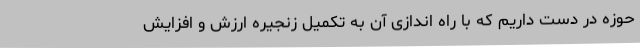
حوزه در دست داریم که با راه اندازی آن به تکمیل زنجیره ارزش و افزایش